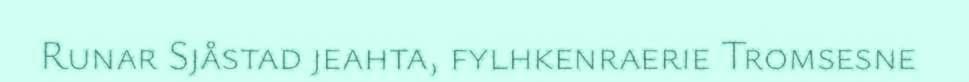
Runar Sjåstad jeahta, fylhkenraerie Tromsesne